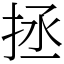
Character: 拯